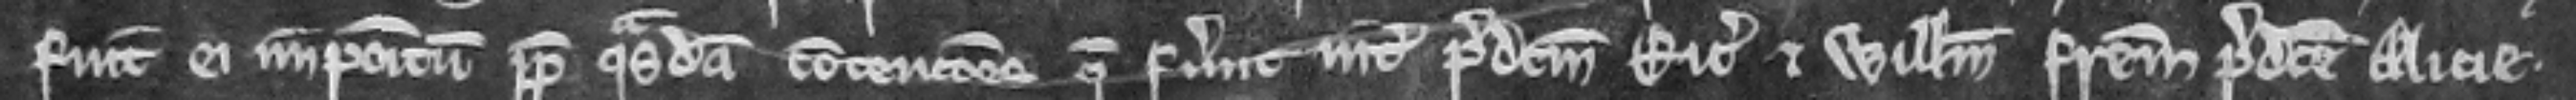
fuit ei impositum propter quasdam contenciones que fuerunt inter predictum Ricardum et Willelmum fratrem predicte Alicie.